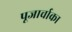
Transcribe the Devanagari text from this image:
पूजार्चाका